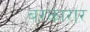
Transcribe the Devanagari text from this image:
बरकारार